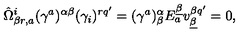
\hat { \Omega } _ { \beta r , a } ^ { i } ( \gamma ^ { a } ) ^ { \alpha \beta } ( \gamma _ { i } ) ^ { r q ^ { \prime } } = ( \gamma ^ { a } ) _ { \beta } ^ { \alpha } E _ { a } ^ { \underline { \beta } } v _ { \underline { \beta } } ^ { \beta q ^ { \prime } } = 0 ,